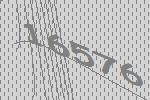
16576